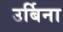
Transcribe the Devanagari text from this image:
उर्बिना